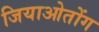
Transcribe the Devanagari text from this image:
जियाओतोंग